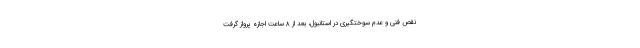
نقص فنی و عدم سوختگیری در استانبول، بعد از ۸ ساعت اجازه پرواز گرفت